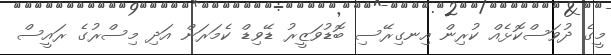
މީގެ ދުވަސްކޮޅެއް ކުރިން އިނގިރޭސި ބޮޑުވަޒީރު ޑޭވިޑް ކެމަރަން އަދި މިސްރުގެ ރައީސް